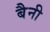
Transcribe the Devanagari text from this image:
बैनी